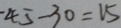
4 5 - 3 0 = 1 5